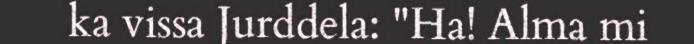
ka vissa Jurddela: "Ha! Alma mi